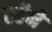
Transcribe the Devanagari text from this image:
तर्हेनें